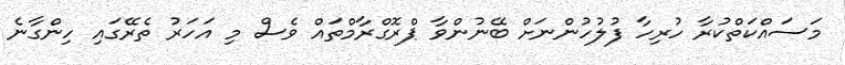
މަސައްކަތްކުރާ ހުރިހާ ފުލުހުންނަށް ބޭނުންވާ ޕްރޮގްރާމްތައް ވެސް މި އަހަރު ތެރޭގައި ހިންގާނެ